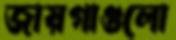
জায়গাগুলো